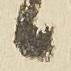
候